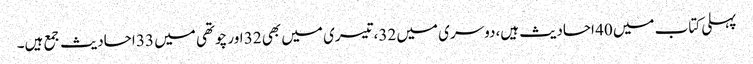
پہلی کتاب میں 40 احادیث ہیں،دوسری میں 32،تیسری میں بھی 32 اور چوتھی میں 33 احادیث جمع ہیں۔